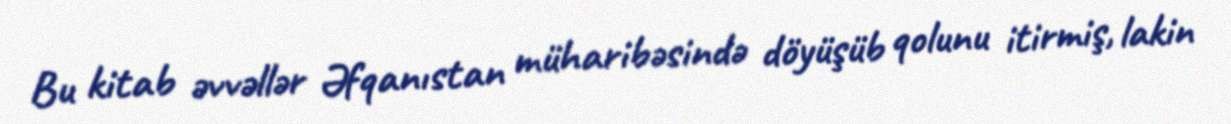
Bu kitab əvvəllər Əfqanıstan müharibəsində döyüşüb qolunu itirmiş, lakin